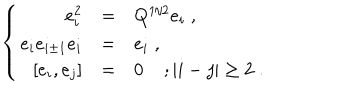
\left\{ \begin{array} { r c l } { { e _ { i } ^ { 2 } } } & { { = } } & { { Q ^ { 1 / 2 } e _ { i } \; , } } \\ { { e _ { i } e _ { i \pm 1 } e _ { i } } } & { { = } } & { { e _ { i } \; , } } \\ { { \, [ e _ { i } , e _ { j } ] } } & { { = } } & { { 0 \; ; | i - j | \geq 2 \; . } } \\ \end{array} \right.